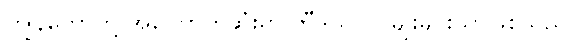
ကျွန်တော်တို့ အကြောက်ဆုံးမှာ ဘီဒိုယင်လူမျိုးများသာဖြစ်သည်။